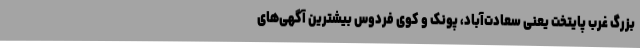
بزرگ غرب پایتخت یعنی سعادت‌آباد، پونک و کوی فردوس بیشترین آگهی‌های